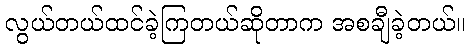
လွယ်တယ်ထင်ခဲ့ကြတယ်ဆိုတာက အစချီခဲ့တယ်။